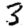
Digit: 3